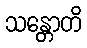
သန္တောတိ